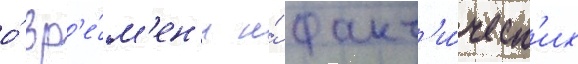
о́ вр'е́м'ен'и и́ факт'и́ческ'их